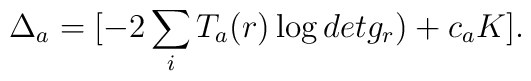
\Delta_{a} =[- 2 \sum_{i} T_{a}(r) \log det g_{r} ) + c_{a} K].